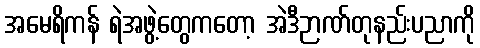
အမေရိကန် ရဲအဖွဲ့တွေကတော့ အဲဒီဉာဏ်တုနည်းပညာကို